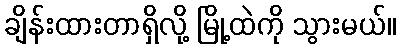
ချိန်းထားတာရှိလို့ မြို့ထဲကို သွားမယ်။